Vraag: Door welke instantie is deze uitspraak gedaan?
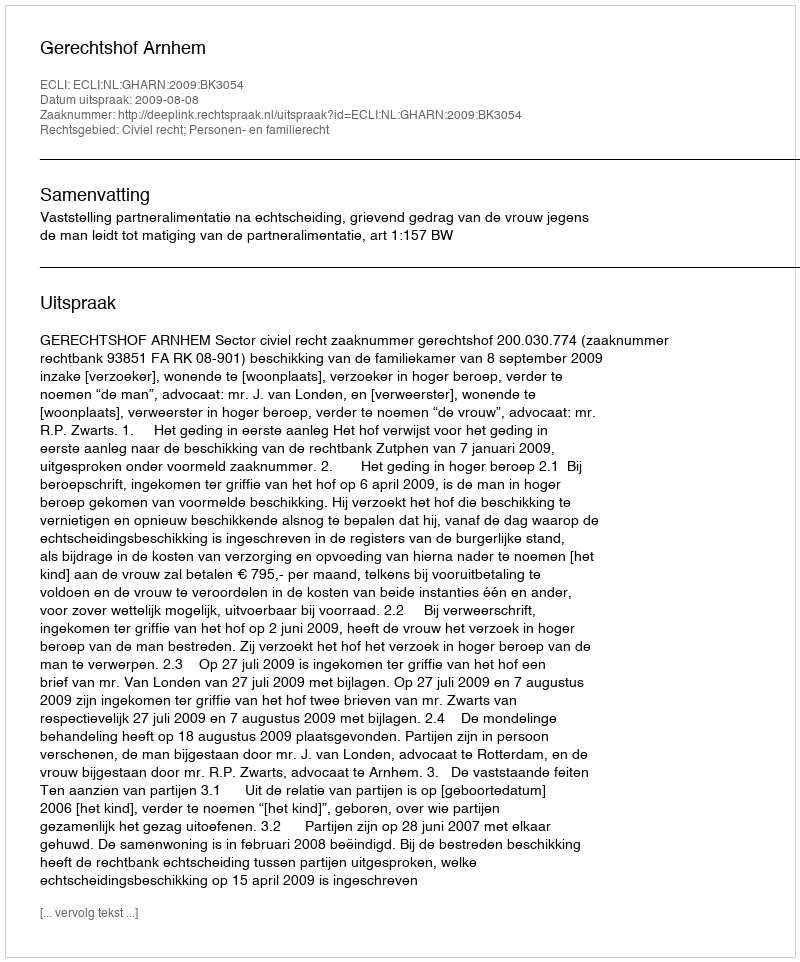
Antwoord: Gerechtshof Arnhem